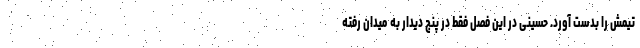
تیمش را بدست آورد. حسینی در این فصل فقط در پنج دیدار به میدان رفته